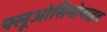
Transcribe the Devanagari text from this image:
फ्लूओसिनोनाइड